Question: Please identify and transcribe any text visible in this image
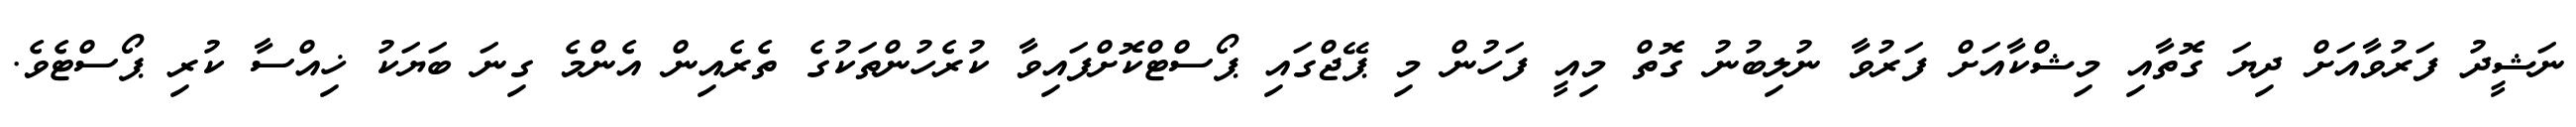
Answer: ނަޝީދު ފަރުވާއަށް ދިޔަ ގޮތާއި މިޝްކާއަށް ފަރުވާ ނުލިބުނު ގޮތް މިއީ ފަހުން މި ޕޭޖްގައި ޕޯސްޓްކޮށްފައިވާ ކުރެހުންތަކުގެ ތެރެއިން އެންމެ ގިނަ ބަޔަކު ޚިއްސާ ކުރި ޕޯސްޓެވެ.